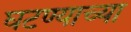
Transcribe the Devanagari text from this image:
घटण्याच्या